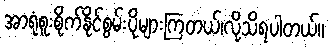
အာရုံစူးစိုက်နိုင်စွမ်းပိုများကြတယ်၊လို့သိရပါတယ်။